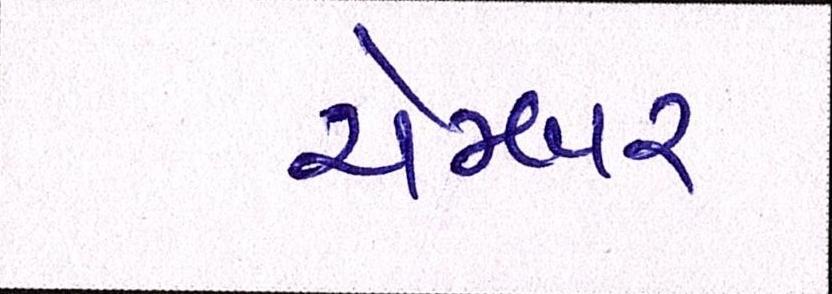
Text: ચેમ્બર